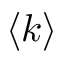
\langle k \rangle